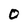
Character: 0